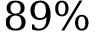
8 9 \%